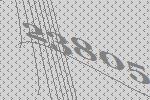
23805